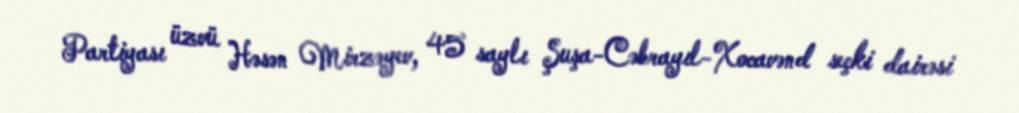
Partiyası üzvü Həsən Mirzəyev, 45 saylı Şuşa-Cəbrayıl-Xocavənd seçki dairəsi